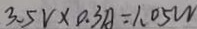
3 . 5 V \times 0 . 3 A = 1 . 0 5 W